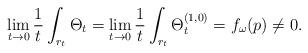
LaTeX: \begin{align*} \lim_{t\to 0}\frac{1}{t}\int_{r_t}\Theta_t = \lim_{t\to 0}\frac{1}{t}\int_{r_t}\Theta_t^{(1,0)} = f_{\omega}(p)\not=0.\end{align*}